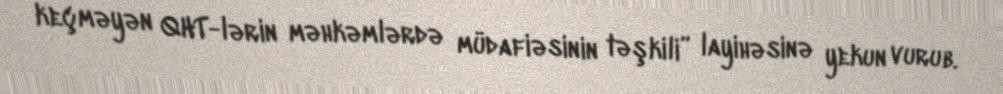
keçməyən QHT-lərin məhkəmlərdə müdafiəsinin təşkili” layihəsinə yekun vurub.